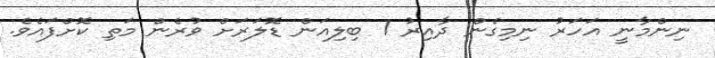
ނިންމާނީ އަހަރު ނިމިގެން ދާއިރު 1 ބިލިއަން ޑޮލަރަށް ވުރެން މަތި ކޮށްފައެވެ.